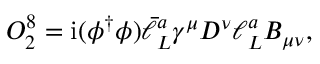
O _ { 2 } ^ { 8 } = { \mathrm { i } } ( \phi ^ { \dagger } \phi ) \bar { \ell } _ { L } ^ { a } \gamma ^ { \mu } D ^ { \nu } \ell _ { L } ^ { a } B _ { \mu \nu } ,